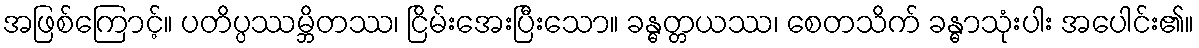
အဖြစ်ကြောင့်။ ပတိပ္ပဿမ္ဘိတဿ၊ ငြိမ်းအေးပြီးသော။ ခန္ဓတ္တယဿ၊ စေတသိက် ခန္ဓာသုံးပါး အပေါင်း၏။